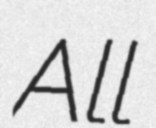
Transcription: All